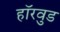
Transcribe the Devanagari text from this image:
हॉरवुड